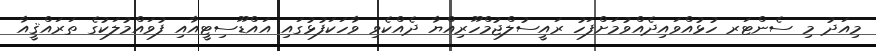
މިއަދު މި ސެންޓަރ ހުޅުއްވައިދެއްވުމަށްފަހު ރައީސުލްޖުމްހޫރިއްޔާ ދެއްކެވި ވާހަކަފުޅުގައި އައްޑޫސިޓީއާއި ފުވައްމުލަކުގެ ތަރައްޤީއާ